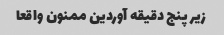
زیر پنج دقیقه آوردین ممنون واقعا